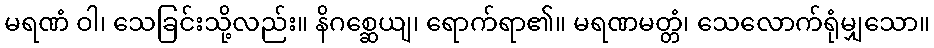
မရဏံ ဝါ၊ သေခြင်းသို့လည်း။ နိဂစ္ဆေယျ၊ ရောက်ရာ၏။ မရဏမတ္တံ၊ သေလောက်ရုံမျှသော။